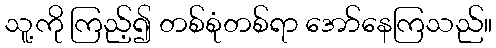
သူ့ကို ကြည့်၍ တစ်စုံတစ်ရာ အော်နေကြသည်။